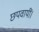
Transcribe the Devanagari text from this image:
छपवायीं।